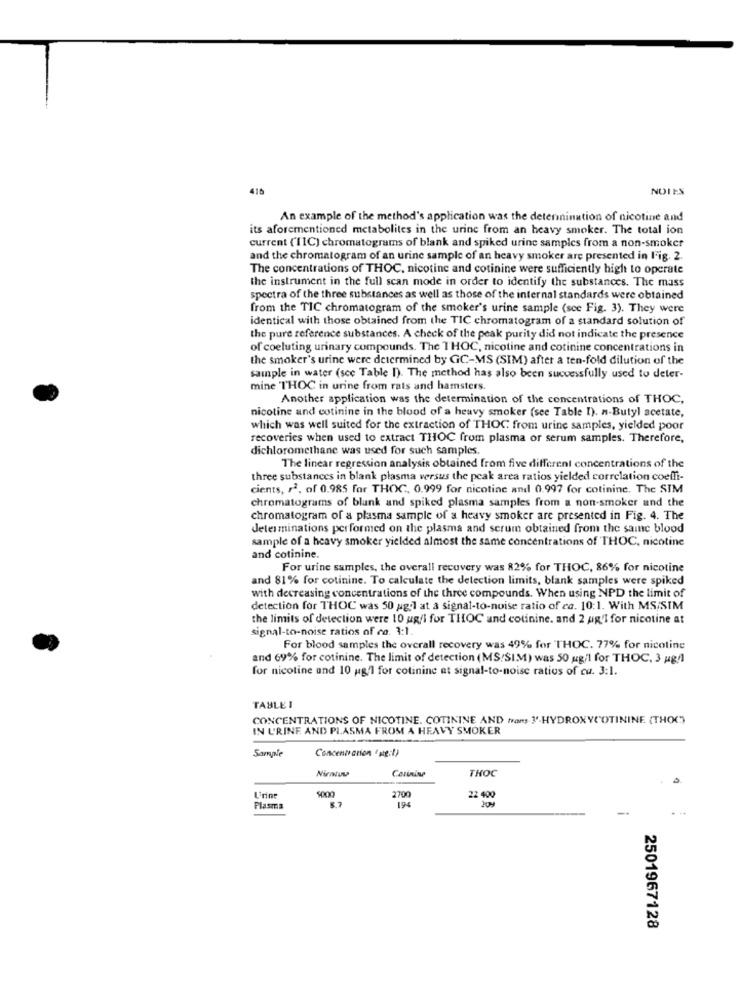
410
NOTES
An example of the method's application was the determination of nicotine and
its aforementioned metabolites in the urine from an heavy smoker. The total ion
current (11C) chromatograms of blank and spiked urine samples from a non-smoker
and the chromatogram of an urine sample of an heavy smoker are presented in Fig. 2.
The concentrations of THOC, nicotine and cotinine were sufficiently high to operate
the instrument in the full scan mode in order to identify the substances. The mass
spectra of the three substances as well as those of the internal standards were obtained
from the TIC chromatogram of the smoker's urine sample (sce Fig. 3). They were
identical with those obtained from the TIC chromatogram of a standard solution of
the pure reference substances. A check of the peak purity did not indicate the presence
of coeluting urinary compounds. The THOC, nicotine and cotinine concentrations in
the smoker's urine were determined by GC-MS (SIM) after a ten-fold dilution of the
sample in water (scc Table I). The method has also been successfully used to deler-
mine THOC in urine from rats and hamsters.
Another application was the determination of the concentrations of THOC,
nicotine and cotinine in the blood of a heavy smoker (see Table I). n-Butyl acetate,
which was well suited for the extraction of THOC from urine samples, yielded poor
recoveries when used to extract THOC from plasma or serum samples. Therefore,
dichloromethane was used for such samples.
The linear regression analysis obtained from five different concentrations of the
three substances in blank plasma versus the peak area ratios yielded correlation coeffi-
cients, , 2, of 0.985 for THOC, 0.999 for nicotine and 0.997 for cotinine. The SIM
chromatograms of blunk and spiked plasma samples from a non-smoker and the
chromatogram of a plasma sample of a heavy smoker are presented in Fig. 4. The
Jeterminations performed on the plasma and serum obtained from the saine blood
sample of a heavy smoker yielded almost the same concentrations of THOC, nicotine
and cotinine.
For urine samples, the overall recovery was 82% for THOC, 86% for nicotine
and 81% for cotinine. To calculate the detection limits, blank samples were spiked
with decreasing concentrations of the three compounds. When using NPD the limit of
detection for THOC was 50 agil at a signal-to-noise ratio of ca. 10:1. With MS/SIM
the limits of detection were 10 ug/l for THOC and cotinine. and 2 ug'I for nicotine at
signal-to-noise ratios of co. 3:1.
For blood samples the overall recovery was 49% for THOC. 77% for nicoline
and 69% for cotinine. The limit of detection (MS/SIM) was 50 ug/l for THOC, 3 ug/]
for nicotine and 10 ug/1 for colinine at signal-to-noise ratios of ca. 3:1.
TABLE I
CONCENTRATIONS OF NICOTINE. COTININE AND trans 1-HYDROXYCOTININE (THOC)
IN U'RINF AND PLASMA FROM A HEAVY SMOKER
Concentration 'se:1)
Sample
Nirntuv
Carinine
THOC
5000
22 400
L'ring
2700
194
Plasma
--
2501967128